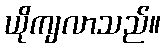
ယိုကျလာသည်။